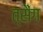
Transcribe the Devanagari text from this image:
त्सैंग